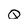
Character: Q